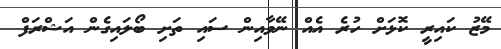
މޭޒު ކައިރީ ކޮޅަށް ހުރެ އެއް ނޭވާއިން ސައި ތަށި ބޯލައިގެން އަޝްރަފް